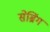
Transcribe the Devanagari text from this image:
सेब्रिंग